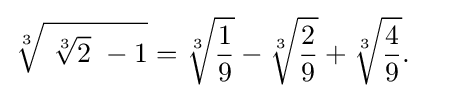
{\sqrt[{3}]{\ {\sqrt[{3}]{2}}\ -1}}={\sqrt[{3}]{\frac {1}{9}}}-{\sqrt[{3}]{\frac {2}{9}}}+{\sqrt[{3}]{\frac {4}{9}}}.\quad